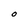
Character: O